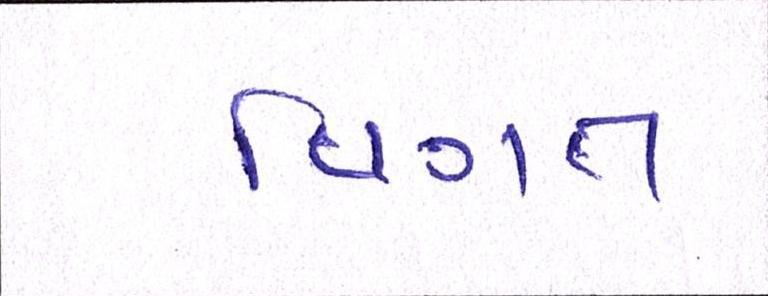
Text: વિગત